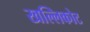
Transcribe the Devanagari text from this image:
खल्लिकोट